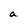
Character: a